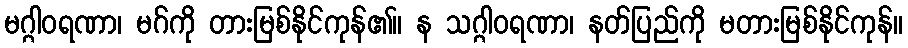
မဂ္ဂါဝရဏာ၊ မဂ်ကို တားမြစ်နိုင်ကုန်၏။ န သဂ္ဂါဝရဏာ၊ နတ်ပြည်ကို မတားမြစ်နိုင်ကုန်။